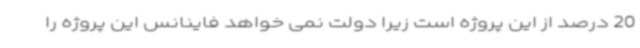
20 درصد از این پروژه است زیرا دولت نمی خواهد فاینانس این پروژه را